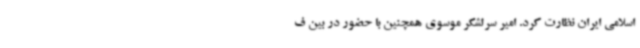
اسلامی ایران نظارت کرد. امیر سرلشکر موسوی همچنین با حضور در بین ف